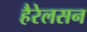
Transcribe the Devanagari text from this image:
हैरेलसन